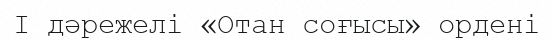
І дәрежелі «Отан соғысы» ордені